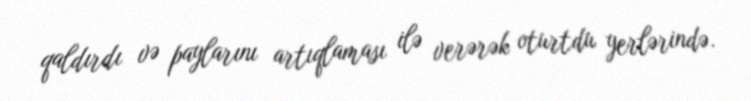
qaldırdı və paylarını artıqlaması ilə verərək oturtdu yerlərində.